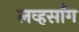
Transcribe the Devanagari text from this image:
लव्हसाँग